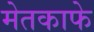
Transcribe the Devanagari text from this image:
मेतकाफे